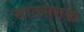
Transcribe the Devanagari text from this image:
सातसतक